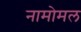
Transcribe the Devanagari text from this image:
नामोमल